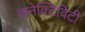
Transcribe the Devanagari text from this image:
कनेक्‍टिविटी